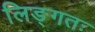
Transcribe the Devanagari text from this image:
लिङ्गतः